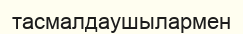
тасмалдаушылармен